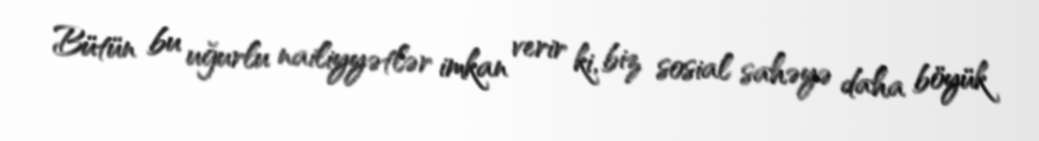
Bütün bu uğurlu nailiyyətlər imkan verir ki, biz sosial sahəyə daha böyük